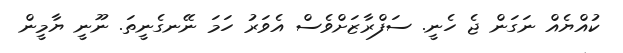
ކުއްޔެއް ނަގަން ޖެ ހެނީ. ސަފްރާޒަށްވެސް އެވަރު ހަމަ ނޭނގެނީތަ. ނޫނީ ޔާމީން